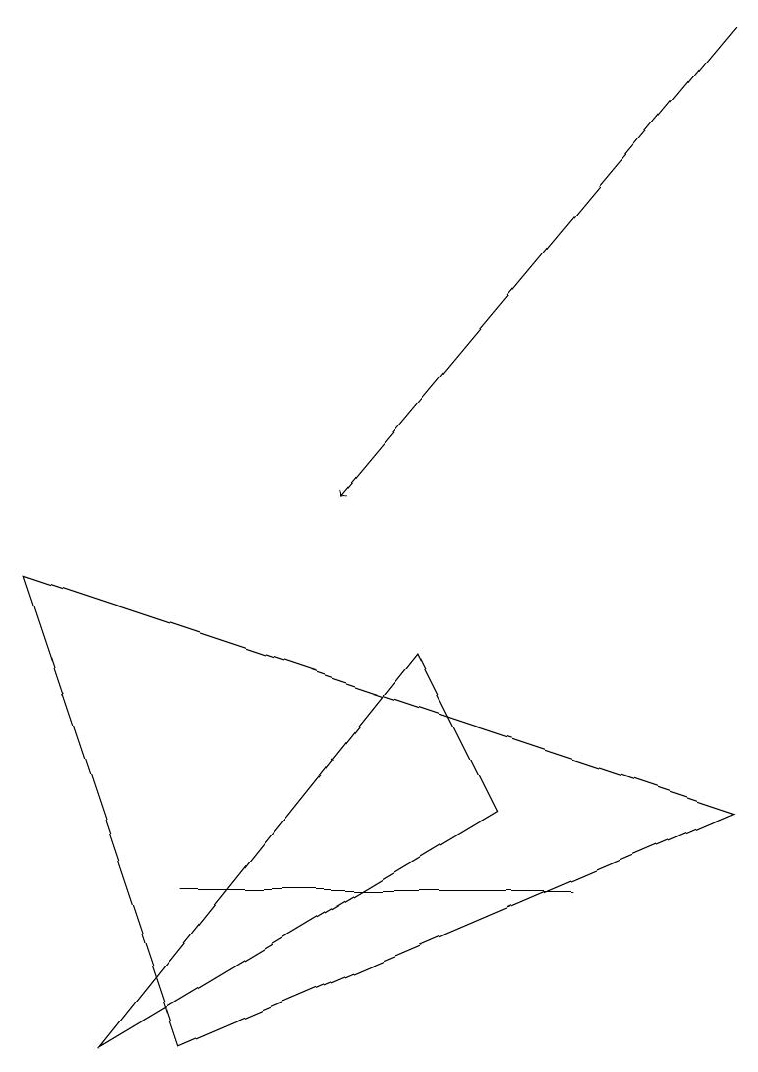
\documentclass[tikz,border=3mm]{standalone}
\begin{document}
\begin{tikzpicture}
\draw (7,5) -- (7,5) -- (2,5) -- cycle;
\draw (0,9) -- (2,3) -- (9,6) -- cycle;
\draw[->] (9,16) -- (4,10);
\draw (1,3) -- (5,8) -- (6,6) -- cycle;
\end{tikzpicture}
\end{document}